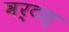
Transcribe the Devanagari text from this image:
वर्टस्